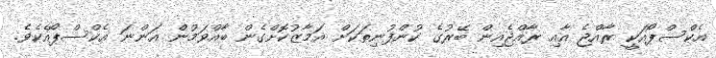
އެކްސްޕޯއަކީ ރާއްޖެ އާއި ރާއްޖެއިން ބޭރުގެ ކުންފުނިތަކަށް އަމާޒުކޮށްގެން ބާއްވަމުން އަންނަ އެކްސްޕޯއެކެވެ.